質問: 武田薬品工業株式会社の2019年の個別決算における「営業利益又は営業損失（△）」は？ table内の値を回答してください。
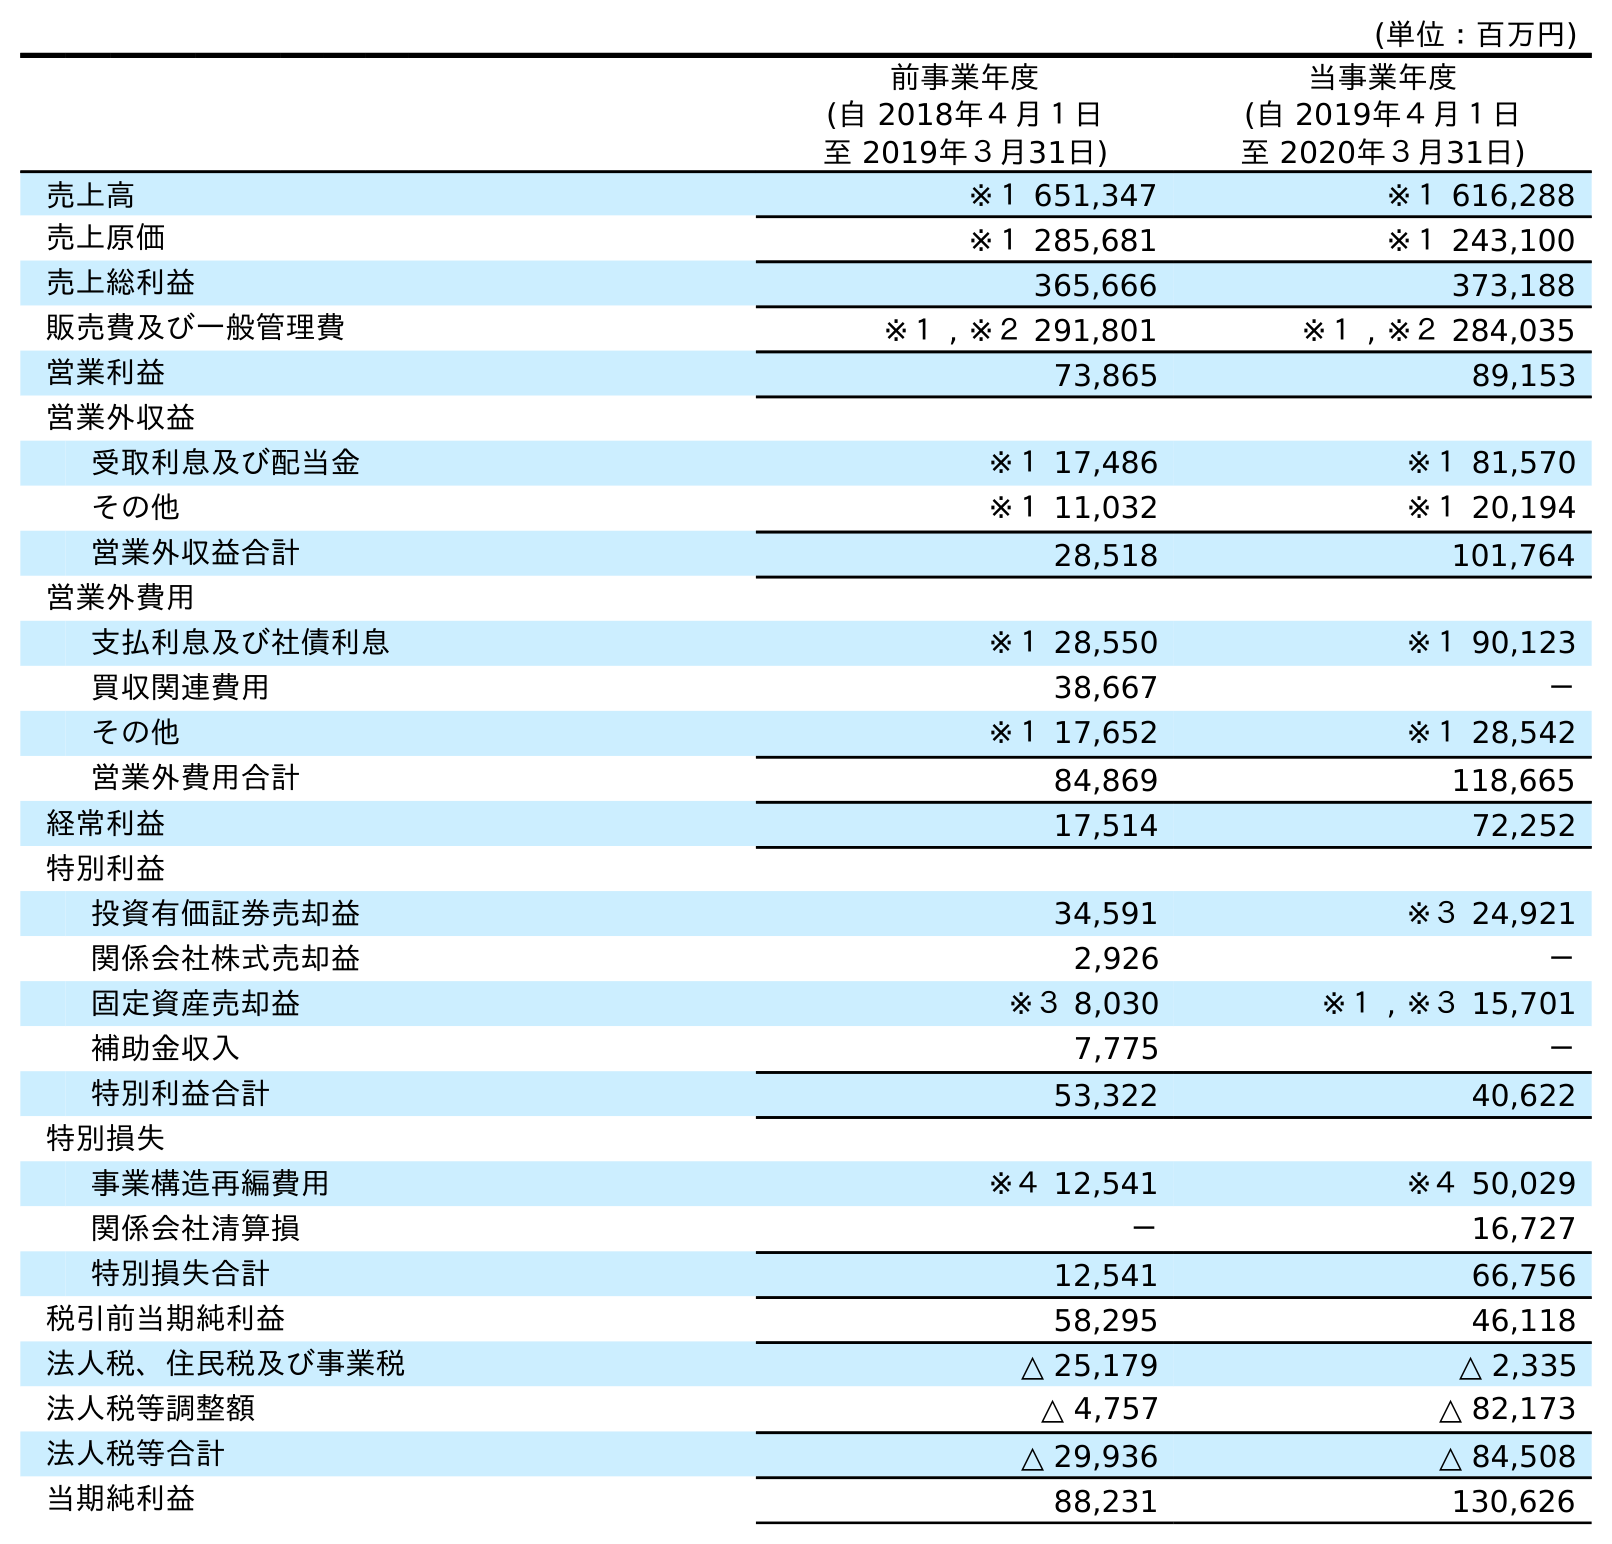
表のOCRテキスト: (単位：百万円) 前事業年度 (自 2018年４月１日 至 2019年３月31日) 当事業年度 (自 2019年４月１日 至 2020年３月31日) 売上高 ※１ 651,347 ※１ 616,288 売上原価 ※１ 285,681 ※１ 243,100 売上総利益 365,666 373,188 販売費及び一般管理費 ※１ , ※２ 291,801 ※１ , ※２ 284,035 営業利益 73,865 89,153 営業外収益 受取利息及び配当金 ※１ 17,486 ※１ 81,570 その他 ※１ 11,032 ※１ 20,194 営業外収益合計 28,518 101,764 営業外費用 支払利息及び社債利息 ※１ 28,550 ※１ 90,123 買収関連費用 38,667 － その他 ※１ 17,652 ※１ 28,542 営業外費用合計 84,869 118,665 経常利益 17,514 72,252 特別利益 投資有価証券売却益 34,591 ※３ 24,921 関係会社株式売却益 2,926 － 固定資産売却益 ※３ 8,030 ※１ , ※３ 15,701 補助金収入 7,775 － 特別利益合計 53,322 40,622 特別損失 事業構造再編費用 ※４ 12,541 ※４ 50,029 関係会社清算損 － 16,727 特別損失合計 12,541 66,756 税引前当期純利益 58,295 46,118 法人税、住民税及び事業税 △ 25,179 △ 2,335 法人税等調整額 △ 4,757 △ 82,173 法人税等合計 △ 29,936 △ 84,508 当期純利益 88,231 130,626
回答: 73,865